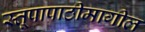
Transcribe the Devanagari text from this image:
स्तूपापाठीमागील